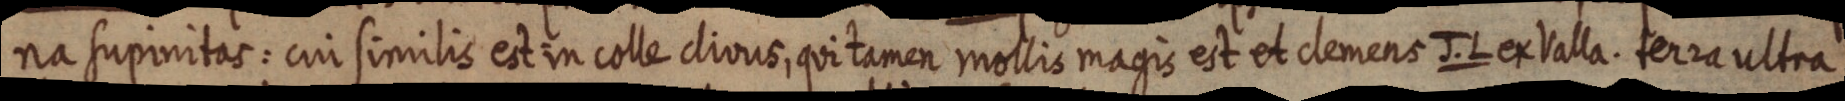
na supinitas: cui similis est in colle clivus, qui tamen mollis magis est et clemens J. L ex Valla. terra ultra